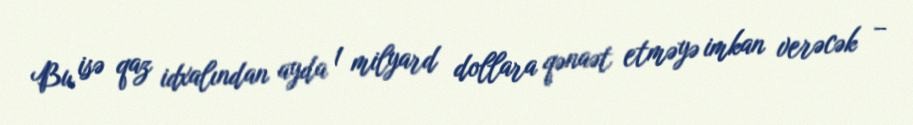
Bu isə qaz idxalından ayda 1 milyard dollara qənaət etməyə imkan verəcək –